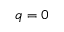
q = 0